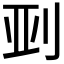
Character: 𫥼